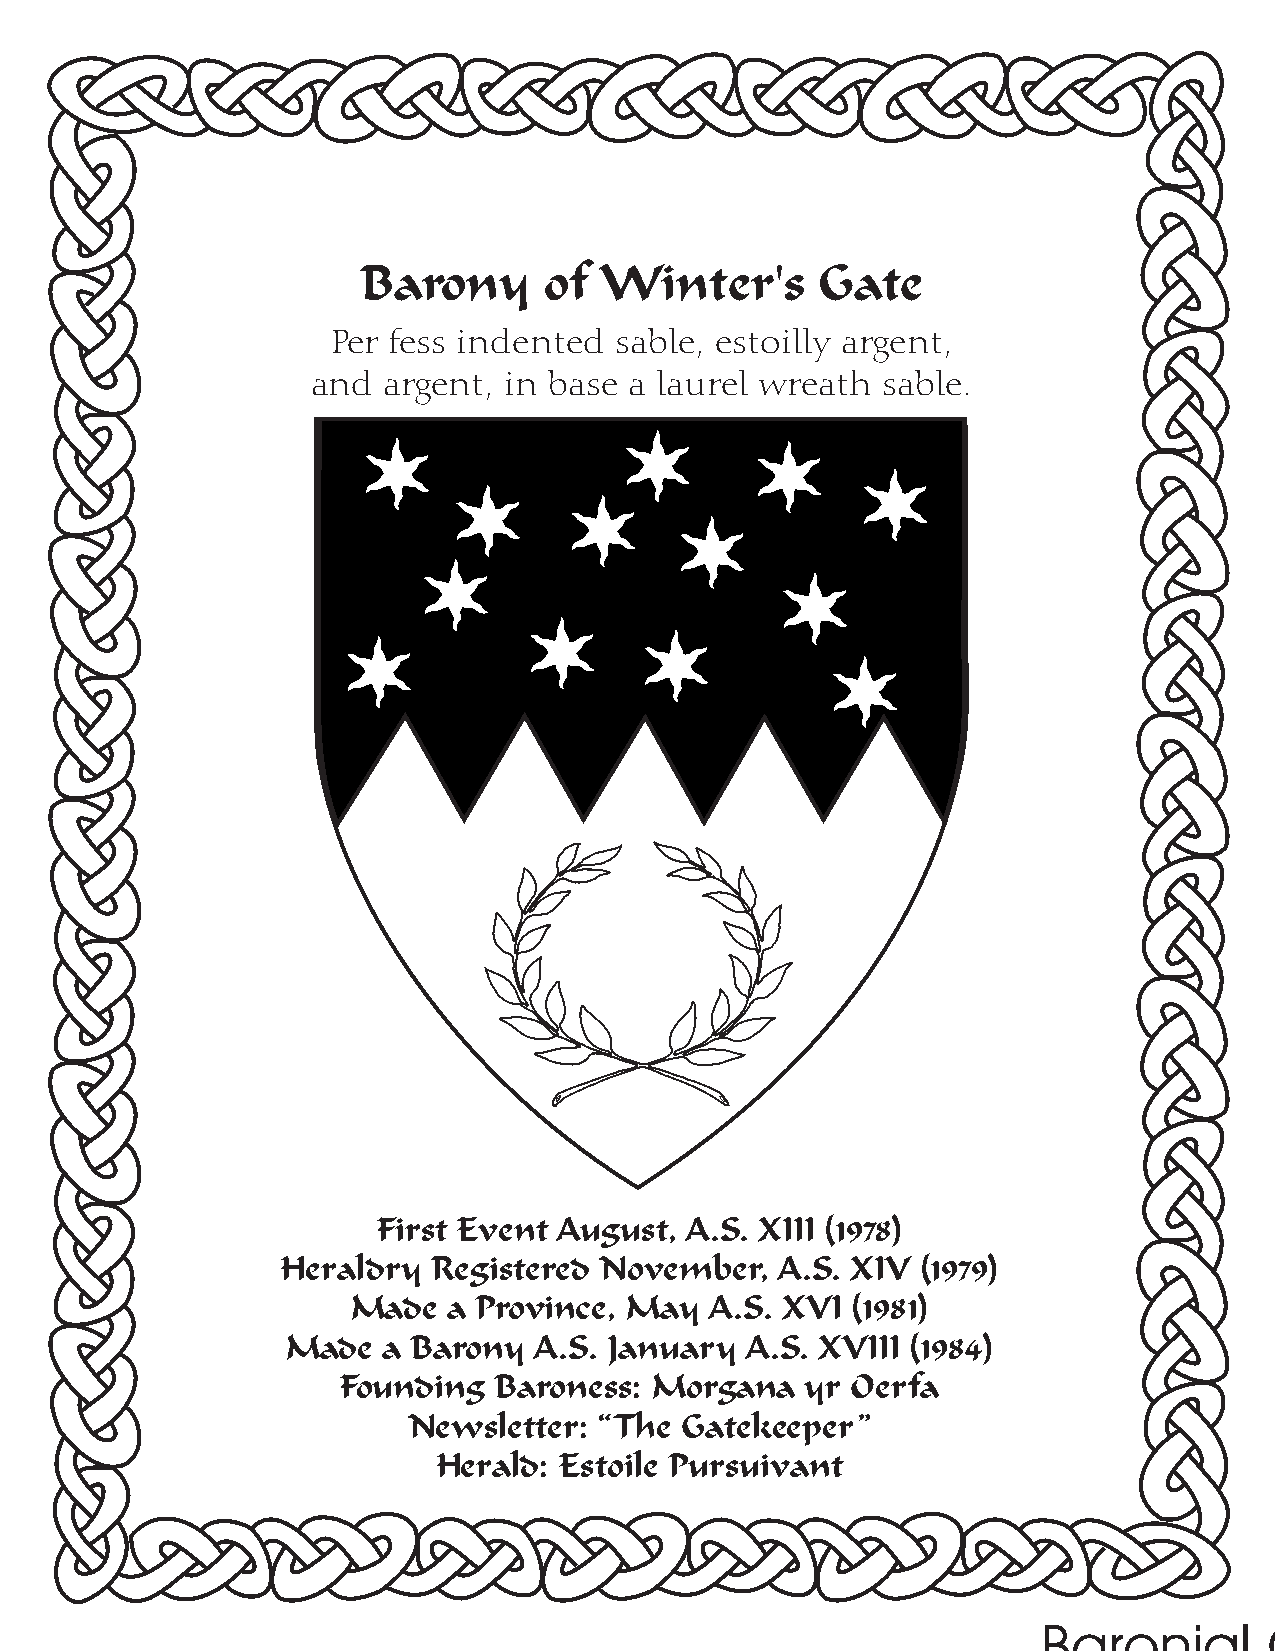
Barony      of  Winter's      Gate
 Per fess indented  sable, estoilly argent,
 and argent, in base  a laurel wreath sable.
 First Event August, A.S. XIII (1978)
 Heraldry  Registered November,  A.S. XIV  (1979)
 Made   a Province, May  A.S. XVI (1981)
 Made  a Barony  A.S. January  A.S. XVIII (1984)
 Founding   Baroness: Morgana   yr Oerfa
 Newsletter:  “The Gatekeeper”
 Herald: Estoile Pursuivant
 Baronial       Officers?